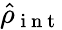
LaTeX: \hat{\rho}_{\mathrm{~i~n~t~}}